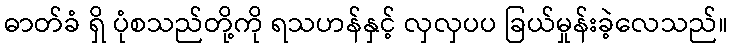
ဓာတ်ခံ ရှိ ပုံစသည်တို့ကို ရသဟန်နှင့် လှလှပပ ခြယ်မှုန်းခဲ့လေသည်။